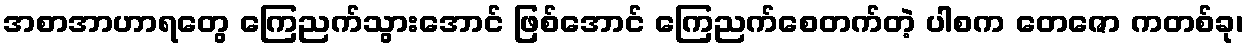
အစာအာဟာရတွေ ကြေညက်သွားအောင် ဖြစ်အောင် ကြေညက်စေတက်တဲ့ ပါစက တေဇော ကတစ်ခု၊